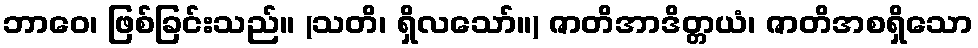
ဘာဝေ၊ ဖြစ်ခြင်းသည်။ (သတိ၊ ရှိလသော်။) ဇာတိအာဒိတ္တယံ၊ ဇာတိအစရှိသော